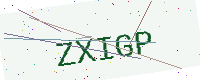
Text: ZXIGP